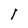
Character: 1